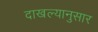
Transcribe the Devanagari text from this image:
दाखल्यानुसार